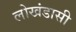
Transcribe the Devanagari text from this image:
लोखंडासी